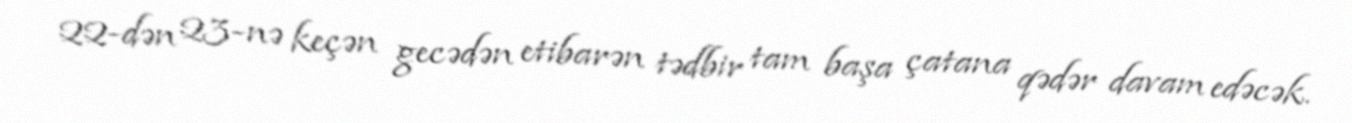
22-dən 23-nə keçən gecədən etibarən tədbir tam başa çatana qədər davam edəcək.